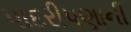
પાદરીપણાની